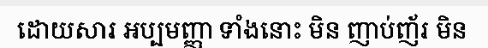
ដោយសារ អប្បមញ្ញា ទាំងនោះ មិន ញាប់ញ័រ មិន